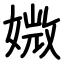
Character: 媺